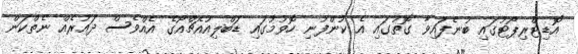
އޮޑިޓްރިޕޯޓުގައި ބުނެފައިވާ ގޮތުގައި އެ ކުންފުނި ހޮވުމުގައި ޑަބްލިއުއެޗްއޯގެ އެއްވެސް ދައުރެއް ނެތްކަން